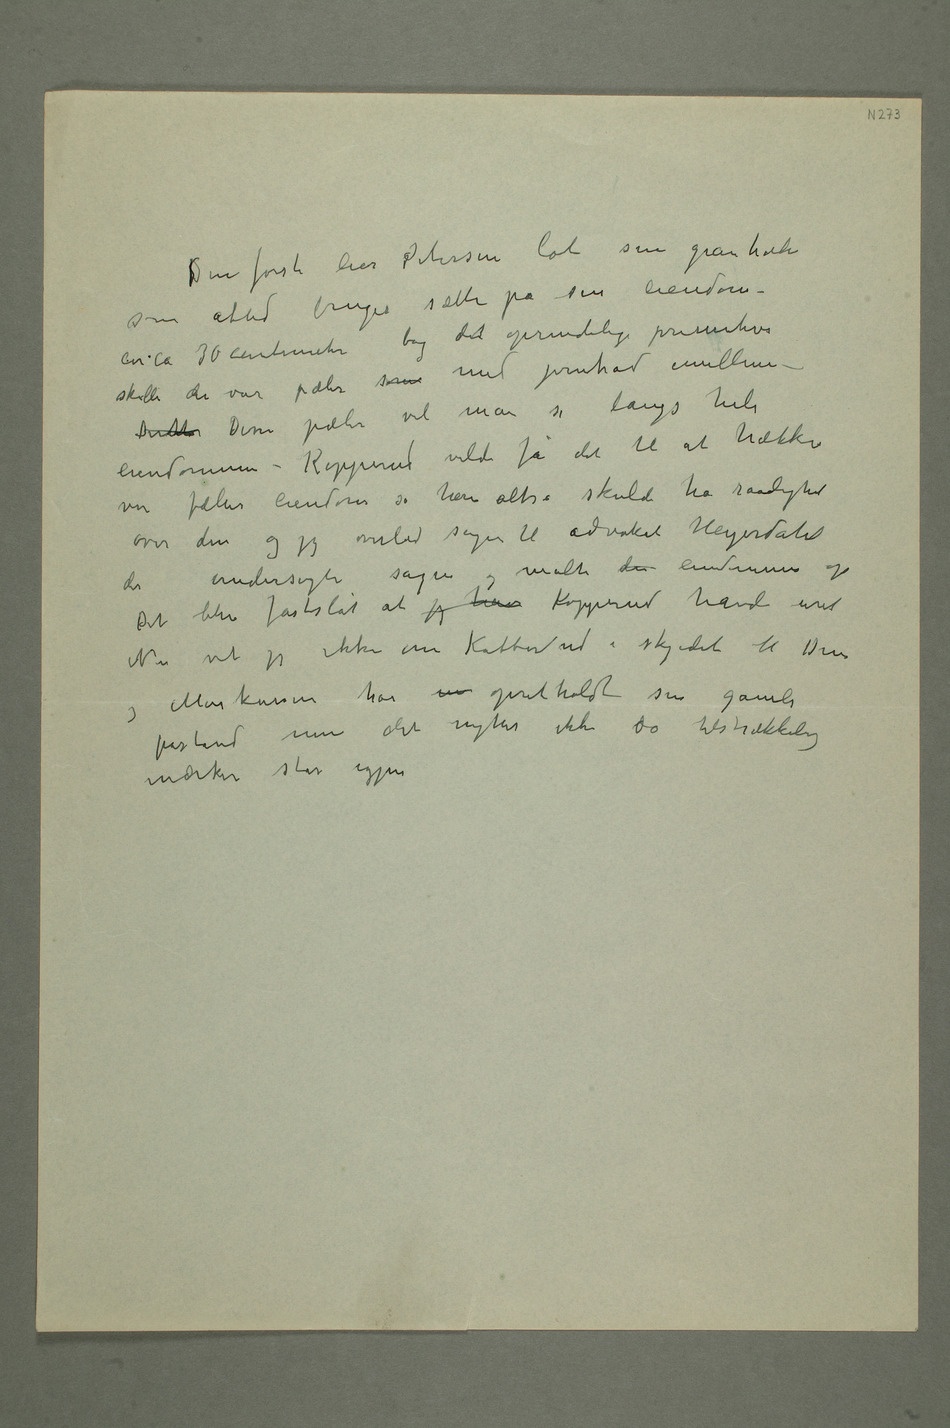
som altid bruges sette på sin eiendom –
circa 30 centimeter bag det oprindelige primitive skille der
var pæler som med jerntråd imellem –
Denntte Disse pæler vil man se langs hele
eiendommen – Kopperud vilde få det til at hækken
var fælles eiendom så han altså skulle ha raadighet
der undersøgte sagen og målte den eiendommen op
Det blev fastslåt at jeg hav Kopperud havde uret
Nu vet jeg ikke om Kobberud i skjødet til Dem og
Markussen har m opretholdt sin gamle
påstand men det nytter ikke da tilstrækkelig
mærker står igjen